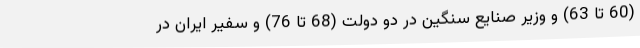
(60 تا 63) و وزیر صنایع سنگین در دو دولت (68 تا 76) و سفیر ایران در